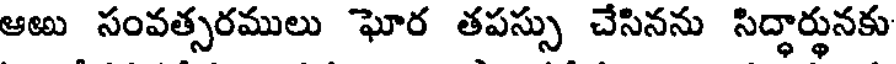
ఆఱు సంవత్సరములు ఘోర తపస్సు చేసినను సిద్ధార్థునకు